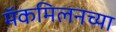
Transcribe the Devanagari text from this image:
मॅकमिलनच्या